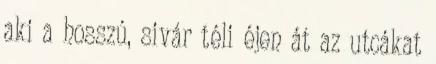
aki a hosszú, sivár téli éjen át az utcákat